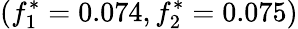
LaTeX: (f_{1}^{*}=0.074,f_{2}^{*}=0.075)